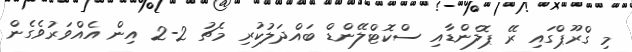
މި ގްރޫޕްގައި ރޭ ޕޮލެންޑާއި ސްކޮޓްލޭންޑް ބައްދަލުކުރި މެޗު 2-2 އިން އެއްވަރުވެގެން